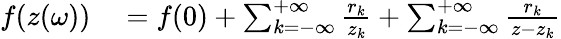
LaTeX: \begin{array}{rl}{f(z(\omega))}&{{}=f(0)+\sum_{k=-\infty}^{+\infty}\frac{r_{k}}{z_{k}}+\sum_{k=-\infty}^{+\infty}\frac{r_{k}}{z-z_{k}}}\end{array}